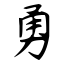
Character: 勇